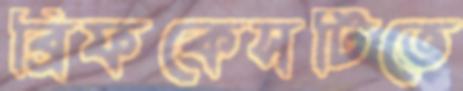
ব্রিফকেসটিতে